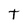
Character: t